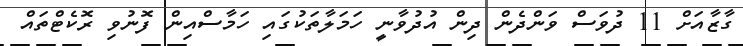
ގާޒާއަށް 11 ދުވަސް ވަންދެން ދިން އުދުވާނީ ހަމަލާތަކުގައި ހަމާސްއިން ފޮނުވި ރޮކެޓްތައް